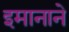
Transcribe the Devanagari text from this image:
इमानाने